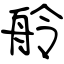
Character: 舲